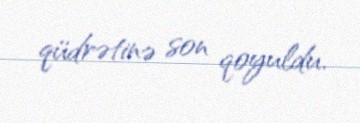
qüdrətinə son qoyuldu.